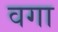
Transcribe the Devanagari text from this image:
वगा